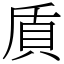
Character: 貭